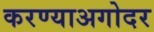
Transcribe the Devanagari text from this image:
करण्याअगोदर